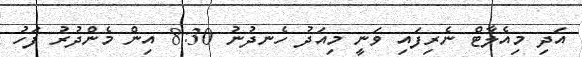
އަދި މިއެލާޓް ނެރިފައި ވަނީ މިއަދު ހެނދުނު 8:30 އިން މެންދުރު ފަހު